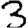
Digit: 3